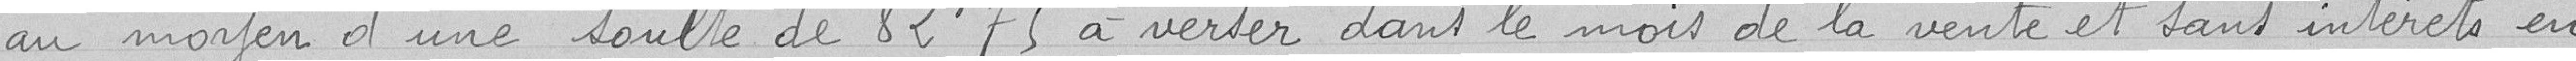
au moyen d'une soulte de 82,75 francs à verser dans le mois de la vente et sans intérêts en